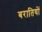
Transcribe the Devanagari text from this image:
बरातियों